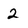
Character: 2